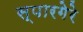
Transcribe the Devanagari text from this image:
स्पारगेरे